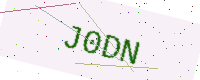
Text: J0DN